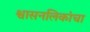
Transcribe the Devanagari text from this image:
श्वासनलिकांचा